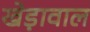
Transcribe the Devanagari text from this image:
खेड़ावाल